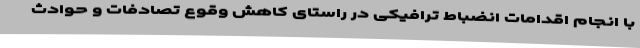
با انجام اقدامات انضباط ترافیکی در راستای کاهش وقوع تصادفات و حوادث